Cholera in southern India
Disease focus: Cholera
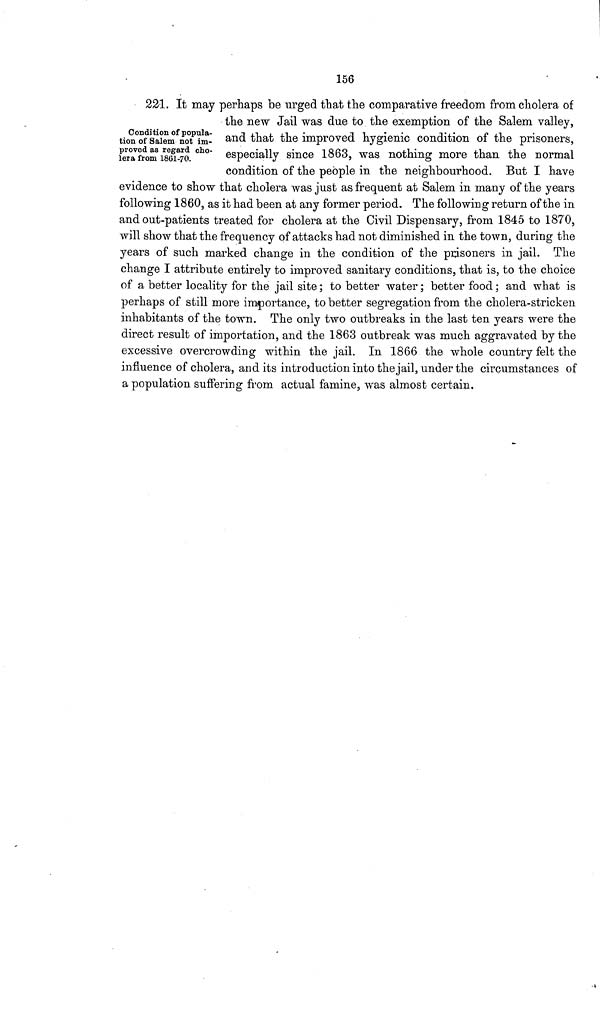
156
Condition of popula-
tion of Salem not im-
proved as regard cho-
lera from 1861-70.
221. It may perhaps be urged that the comparative freedom from cholera of
the new Jail was due to the exemption of the Salem valley,
and that the improved hygienic condition of the prisoners,
especially since 1863, was nothing more than the normal
condition of the people in the neighbourhood. But I have
evidence to show that cholera was just as frequent at Salem in many of the years
following 1860, as it had been at any former period. The following return of the in
and out-patients treated for cholera at the Civil Dispensary, from 1845 to 1870,
will show that the frequency of attacks had not diminished in the town, during the
years of such marked change in the condition of the prisoners in jail. The
change I attribute entirely to improved sanitary conditions, that is, to the choice
of a better locality for the jail site ; to better water ; better food ; and what is
perhaps of still more importance, to better segregation from the cholera-stricken
inhabitants of the town. The only two outbreaks in the last ten years were the
direct result of importation, and the 1863 outbreak was much aggravated by the
excessive overcrowding within the jail. In 1866 the whole country felt the
influence of cholera, and its introduction into the jail, under the circumstances of
a population suffering from actual famine, was almost certain.